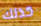
كذلك